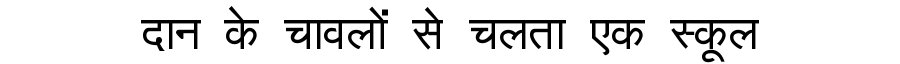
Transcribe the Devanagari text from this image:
दान के चावलों से चलता एक स्कूल